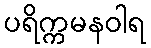
ပရိက္ကမနဝါရ